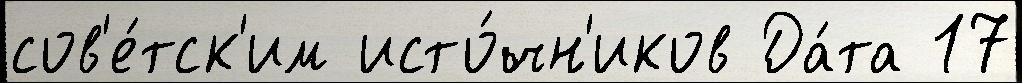
сов'е́тск'им исто́чн'иков Да́та 17